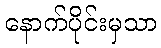
နောက်ပိုင်းမှသာ